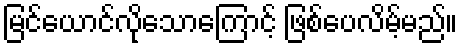
မြင်ယောင်လိုသောကြောင့် ဖြစ်ပေလိမ့်မည်။